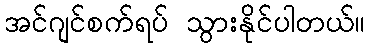
အင်ဂျင်စက်ရပ် သွားနိုင်ပါတယ်။